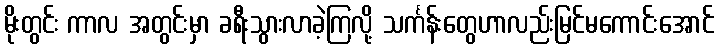
မိုးတွင်း ကာလ အတွင်းမှာ ခရီးသွားလာခဲ့ကြလို့ သင်္ကန်းတွေဟာလည်းမြင်မကောင်းအောင်